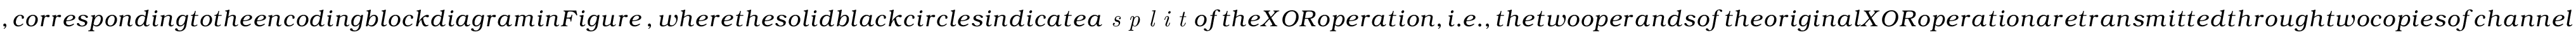
, c o r r e s p o n d i n g t o t h e e n c o d i n g b l o c k d i a g r a m i n F i g u r e \, , w h e r e t h e s o l i d b l a c k c i r c l e s i n d i c a t e a \textit { s p l i t } o f t h e X O R o p e r a t i o n , i . e . , t h e t w o o p e r a n d s o f t h e o r i g i n a l X O R o p e r a t i o n a r e t r a n s m i t t e d t h r o u g h t w o c o p i e s o f c h a n n e l